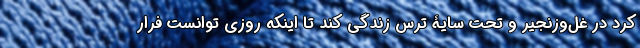
کرد در غل‌وزنجیر و تحت سایۀ ترس زندگی کند تا اینکه روزی توانست فرار